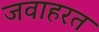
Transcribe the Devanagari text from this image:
जवाहरत